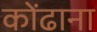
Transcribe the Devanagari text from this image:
कोंढाना